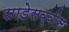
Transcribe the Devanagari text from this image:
साडेसव्वीस